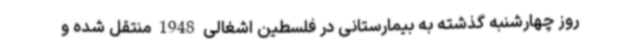
روز چهارشنبه گذشته به بیمارستانی در فلسطین اشغالی 1948 منتقل شده و